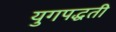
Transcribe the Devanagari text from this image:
युगपद्धती